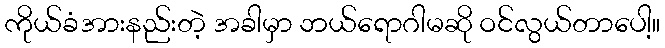
ကိုယ်ခံအားနည်းတဲ့ အခါမှာ ဘယ်ရောဂါမဆို ဝင်လွယ်တာပေါ့။